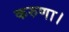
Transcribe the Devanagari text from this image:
करुणा।